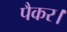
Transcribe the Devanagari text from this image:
पैकर।